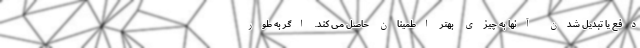
دفع یا تبدیل شدن آنها به چیزی بهتر اطمینان حاصل می کند. اگر به طور